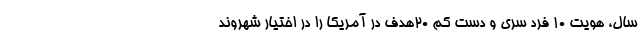
سال، هویت ۱۰ فرد سری و دست کم ۲۰هدف در آمریکا را در اختیار شهروند